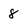
Character: 8